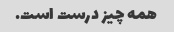
همه چیز درست است.